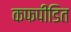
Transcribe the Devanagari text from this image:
कफपीडित